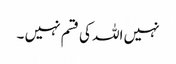
نہیں اللہ کی قسم نہیں ۔